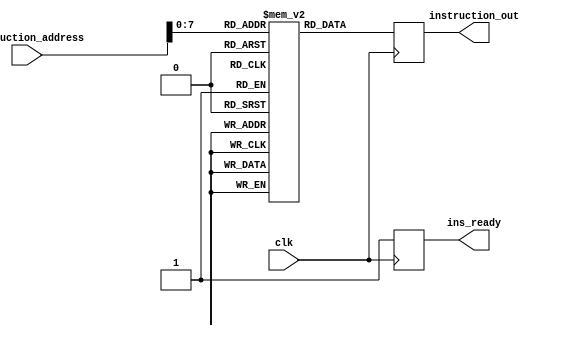
`timescale 1ns / 1ps
//////////////////////////////////////////////////////////////////////////////////
/*
The instruction memory module, triggered at the positive edge of the IF clock 
Function:   Stores the instructions of the program in sequence and passes to the processor one-by-one
Inputs:     32-bit instruction address 
Outputs:    32-bitinstruction
*/
//////////////////////////////////////////////////////////////////////////////////


module instruction_mem(
    input clk,
    input [29:0] instruction_address,   // 30-bit wide, the 2 LSB of the 32-bit address are ignored
    output reg [31:0] instruction_out,
    output reg ins_ready       
    );
    
    parameter instruction_count = 200;         // number of instructions
    reg [31:0] instruction_rom [instruction_count:0]; // creating memory  
       
    always @(posedge clk)
        begin
         ins_ready <= 1'b0;
         instruction_out <= instruction_rom[instruction_address];  // output the instruction 
         ins_ready <= 1'b1;
        end
        
    initial 
        begin
            //inst_ram[0] = instruction  
            instruction_rom[0] = 32'b000000001001_00000_000_00101_0010011;      // addi x5,x0,9    # a = 9
            instruction_rom[1] = 32'b000000000011_00000_000_00110_0010011;      // addi x6,x0,3    # b = 3
            instruction_rom[2] = 32'b0000000_00110_00101_000_00111_0110011;     // add x7,x5,x6    # x7 = a + b
            instruction_rom[3] = 32'b0100000_00110_00101_000_00101_0110011;     // sub x5,x5,x6    # a = a - b 
            instruction_rom[4] = 32'b111111111111_00101_000_00101_0010011;      // addi x5,x5,-1   # a  = a - 1
            instruction_rom[5] = 32'b0000000_00110_00101_010_00111_0110011;     // slt x7,x5,x6    # c = a < b ? 1:0
            instruction_rom[6] = 32'b001111101000_00111_000_00111_0010011;      // addi x7,x7,1000   # add 1000 to x7
            instruction_rom[7] = 32'b0000000_00111_00000_010_00100_0100011;     // sw x7,4(x0)     # store c in memory
            instruction_rom[8] = 32'b000000000100_00110_010_00111_0010011;      // slti x7,x6,4    # c = b < 4 ? 1:0
            instruction_rom[9] = 32'b00000000000000000011_11100_0110111;        // lui x28,3       # x28 = 3 << 12
          //instruction_rom[10] = 32'b00000000000000000001_11101_0010111;     // auipc x29,0     # x29 = pc(4 x 10) + 3 << 12 (12288)
            instruction_rom[10] = 32'b011111010000_00000_000_00111_0010011;     // addi x7,x0, 2000 # x7 = 2000
            instruction_rom[11] = 32'b0000000_00000_00101_000_00100_1100011;    // beq x5,x0,8    # if x5 == x0 jump 2 steps
            instruction_rom[12] = 32'b000000000001_00101_000_00101_0010011;     // addi x5,x5,1    # x5 = x5 + 1
            instruction_rom[13] = 32'b000000000010_00101_000_00101_0010011;     // addi x5,x5,2    # x5 = x5 + 2
            instruction_rom[14] = 32'b0000000_00000_00101_001_00100_1100011;    // bne x5,x0,8     # if x5 != x0 jump 2 steps
            instruction_rom[15] = 32'b000000000110_00101_000_00101_0010011;     // addi x5,x5,6    # x5 = x5 + 6
            instruction_rom[16] = 32'b000000000001_00110_000_00110_0010011;     // addi x6,x6,1    # x6 = x6 + 1
            instruction_rom[17] = 32'b0000000_00110_00101_101_00100_1100011;    // bge x5,x6,8     # if x5 >= x6 go to line 20
            instruction_rom[18] = 32'b011110100011_00000_000_00101_0010011;     // addi x5,x0,1955  # a = 1955 (max int for immi12 - 2047)
            instruction_rom[19] = 32'b001111110011_00000_000_00110_0010011;     // addi x6,x0,1011  # b = 1011
            instruction_rom[20] = 32'b001111110011_00101_111_00111_0010011;     // andi x7,x5,1011  # x7 = a & b
            instruction_rom[21] = 32'b0000000_00110_00101_111_00111_0110011;    // and x7,x5,x6     # x7 = x5 & x6
            instruction_rom[22] = 32'b001111110011_00101_110_00111_0010011;     // ori x7,x5,1011  # x7 = a | b
            instruction_rom[23] = 32'b0000000_00110_00101_110_00111_0110011;    // or x7,x5,x6     # x7 = x5 | x6
            instruction_rom[24] = 32'b001111110011_00101_100_00111_0010011;     // xori x7,x5,1011  # x7 = a ^ b
            instruction_rom[25] = 32'b0000000_00110_00101_100_00111_0110011;    // xor x7,x5,x6     # x7 = x5 ^ x6
            instruction_rom[26] = 32'b000011100000_00000_000_00101_0010011;     // addi x5,x0,224     # x5 = 224
            instruction_rom[27] = 32'b000000000100_00000_000_00110_0010011;     // addi x6,x0,4     # x6 = 4
            instruction_rom[28] = 32'b0000000_00110_00101_001_00111_0110011;    // sll x7,x5,x6     # x7 = x5 << x6 //ignore the sign bit
            instruction_rom[29] = 32'b0000000_00110_00101_101_00111_0110011;    // srl x7,x5,x6     # x7 = x5 >> x6
            instruction_rom[30] = 32'b0000000_00101_00101_001_00111_0010011;    // slli x7,x5,5    # x7 = x5 << 5  //ignore the sign bit
            instruction_rom[31] = 32'b0000000_00011_00101_101_00111_0010011;    // srli x7,x5,3   # x7 = x5 >> 3
            
            instruction_rom[32] = 32'b0100000_00110_00101_101_00111_0110011;    // sra x7,x5,x6     # x7 = x5 << x6 //dont ignore the sign bit
            instruction_rom[33] = 32'b0100000_00101_00101_101_00111_0010011;    // srai x7,x5,5    # x7 = x5 << 5
            
            instruction_rom[34] = 32'b0100000_00110_00101_101_00111_0110011;    // sra x7,x5,x6     # x7 = x5 << x6 //dont ignore the sign bi
            instruction_rom[35] = 32'b0000000_00101_00000_010_01000_0100011;    // sw x5,8(x0)  # mem[4 + 0] = x5, word addressable(multiples of 4)
            instruction_rom[36] = 32'b0000000_00101_00000_000_00001_0100011;    // sb x5,1(x0)  # mem[1 + 0] = x5, byte addressable(any interger)
            instruction_rom[37] = 32'b0000000_00101_00000_001_00110_0100011;    // sh x5,6(x0)  # mem[2 + 0] = x5, halfword addressable(multiples of 2)
            
            instruction_rom[38] = 32'b000000000001_00000_000_00101_0010011;     // addi x5,x0,1    # x5 = 1
            instruction_rom[39] = 32'b000000000101_00101_000_00101_0010011;     // addi x5,x5,5    # x5 = 5
            instruction_rom[40] = 32'b00000001000000000000_00111_1101111;       // jal x7,8        # x7 = pc + 4, jump 2 steps (pc = pc+8)
            instruction_rom[41] = 32'b000000000001_00000_000_00100_0010011;     // addi x4,x0,1    #this will skip and will not execute
            instruction_rom[42] = 32'b000000000101_00000_000_00100_0010011;     // addi x4,x0,5    # x4 = 5
            instruction_rom[43] = 32'b00000000100000000000_00111_1101111;       // jal x7,4        # x7 = pc + 4, jump 1, this is to store pc to x7
            instruction_rom[44] = 32'b000001100_00111_000_00100_1100111;        // jalr x4,x7,12   # x4 = pc + 4, jump 3 steps (pc = pc +12)
    
            instruction_rom[45] = 32'b000000000000_00000_010_00110_0000011;     // lw x6,0(x0)    # x6 = mem[0 + 0]
            instruction_rom[46] = 32'b000000001000_00000_000_00111_0000011;     // lb x7,8(x0)    # x7 = mem[1 + 0] load the byte from bit 7:0 and sign extrended

        end
    
endmodule